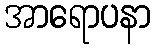
အာရောပနာ